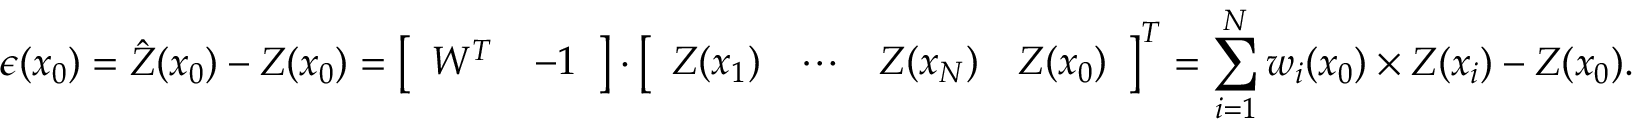
\epsilon ( x _ { 0 } ) = { \hat { Z } } ( x _ { 0 } ) - Z ( x _ { 0 } ) = { \left[ \begin{array} { l l } { W ^ { T } } & { - 1 } \end{array} \right] } \cdot { \left[ \begin{array} { l l l l } { Z ( x _ { 1 } ) } & { \cdots } & { Z ( x _ { N } ) } & { Z ( x _ { 0 } ) } \end{array} \right] } ^ { T } = \sum _ { i = 1 } ^ { N } w _ { i } ( x _ { 0 } ) \times Z ( x _ { i } ) - Z ( x _ { 0 } ) .